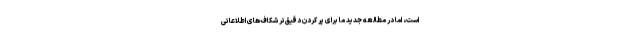
است، اما در مطالعه جدید ما برای پر کردن دقیق‌تر شکاف‌های اطلاعاتی